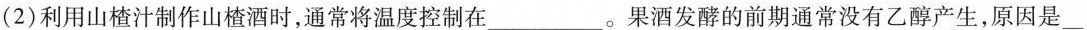
(2)利用山楂汁制作山楂酒时，通常将温度控制在___。果酒发酵的前期通常没有乙醇产生，原因是___